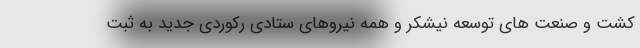
کشت و صنعت های توسعه نیشکر و همه نیروهای ستادی رکوردی جدید به ثبت